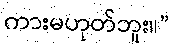
ကားမဟုတ်ဘူး။”